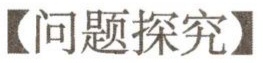
【问题探究】